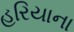
હરિયાના